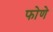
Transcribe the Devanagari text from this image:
फोणे